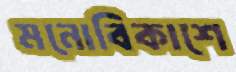
মনোবিকাশে